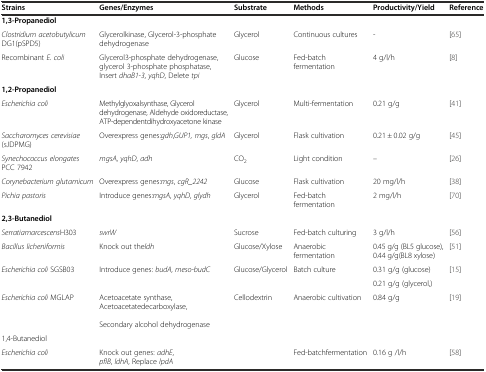
<table><thead><tr><td><b>Strains</b></td><td><b>Genes/Enzymes</b></td><td><b>Substrate</b></td><td><b>Methods</b></td><td><b>Productivity/Yield</b></td><td><b>Reference</b></td></tr></thead><tbody><tr><td><b>1,3-Propanediol</b></td><td></td><td></td><td></td><td></td><td></td></tr><tr><td><i>Clostridium acetobutylicum</i> DG1(pSPD5)</td><td>Glycerolkinase, Glycerol-3-phosphate dehydrogenase</td><td>Glycerol</td><td>Continuous cultures</td><td>-</td><td>[65]</td></tr><tr><td>Recombinant <i>E. coli</i></td><td>Glycerol3-phosphate dehydrogenase, glycerol 3-phosphate phosphatase, Insert <i>dhaB1-3</i>, <i>yqhD</i>, Delete <i>tpi</i></td><td>Glucose</td><td>Fed-batch fermentation</td><td>4 g/l/h</td><td>[8]</td></tr><tr><td><b>1,2-Propanediol</b></td><td></td><td></td><td></td><td></td><td></td></tr><tr><td><i>Escherichia coli</i></td><td>Methylglyoxalsynthase, Glycerol dehydrogenase, Aldehyde oxidoreductase, ATP-dependentdihydroxyacetone kinase</td><td>Glycerol</td><td>Multi-fermentation</td><td>0.21 g/g</td><td>[41]</td></tr><tr><td><i>Saccharomyces cerevisiae</i>(sJDPMG)</td><td>Overexpress genes:<i>gdh</i>,<i>GUP1, mgs</i>, <i>gldA</i></td><td>Glycerol</td><td>Flask cultivation</td><td>0.21 ± 0.02 g/g</td><td>[45]</td></tr><tr><td><i>Synechococcus elongates</i> PCC 7942</td><td><i>mgsA</i>, <i>yqhD</i>, <i>adh</i></td><td>CO<sub>2</sub></td><td>Light condition</td><td>--</td><td>[26]</td></tr><tr><td><i>Corynebacterium glutamicum</i></td><td>Overexpress genes:<i>mgs</i>, <i>cgR_2242</i></td><td>Glucose</td><td>Flask cultivation</td><td>20 mg/l/h</td><td>[38]</td></tr><tr><td><i>Pichia pastoris</i></td><td>Introduce genes:<i>mgsA</i>, <i>yqhD</i>, <i>glydh</i></td><td>Glycerol</td><td>Fed-batch fermentation</td><td>2 mg/l/h</td><td>[70]</td></tr><tr><td><b>2,3-Butanediol</b></td><td></td><td></td><td></td><td></td><td></td></tr><tr><td><i>Serratiamarcescens</i>H303</td><td><i>swrW</i></td><td>Sucrose</td><td>Fed-batch culturing</td><td>3 g/l/h</td><td>[56]</td></tr><tr><td><i>Bacillus licheniformis</i></td><td>Knock out the<i>ldh</i></td><td>Glucose/Xylose</td><td>Anaerobic fermentation</td><td>0.45 g/g (BL5 glucose), 0.44 g/g(BL8 xylose)</td><td>[51]</td></tr><tr><td rowspan="2"><i>Escherichia coli</i> SGSB03</td><td rowspan="2">Introduce genes: <i>budA</i>, <i>meso-budC</i></td><td rowspan="2">Glucose/Glycerol</td><td rowspan="2">Batch culture</td><td>0.31 g/g (glucose)</td><td rowspan="2">[15]</td></tr><tr><td>0.21 g/g (glycerol,)</td></tr><tr><td><i>Escherichia coli</i> MGLAP</td><td>Acetoacetate synthase, Acetoacetatedecarboxylase, Secondary alcohol dehydrogenase</td><td>Cellodextrin</td><td>Anaerobic cultivation</td><td>0.84 g/g</td><td>[19]</td></tr><tr><td>1,4-Butanediol</td><td></td><td></td><td></td><td></td><td></td></tr><tr><td><i>Escherichia coli</i></td><td>Knock out genes: <i>adhE</i>, <i>pflB</i>, <i>ldhA</i>, Replace <i>lpdA</i></td><td></td><td>Fed-batchfermentation</td><td>0.16 g /l/h</td><td>[58]</td></tr></tbody></table>